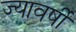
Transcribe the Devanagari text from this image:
ज्यावर्षी